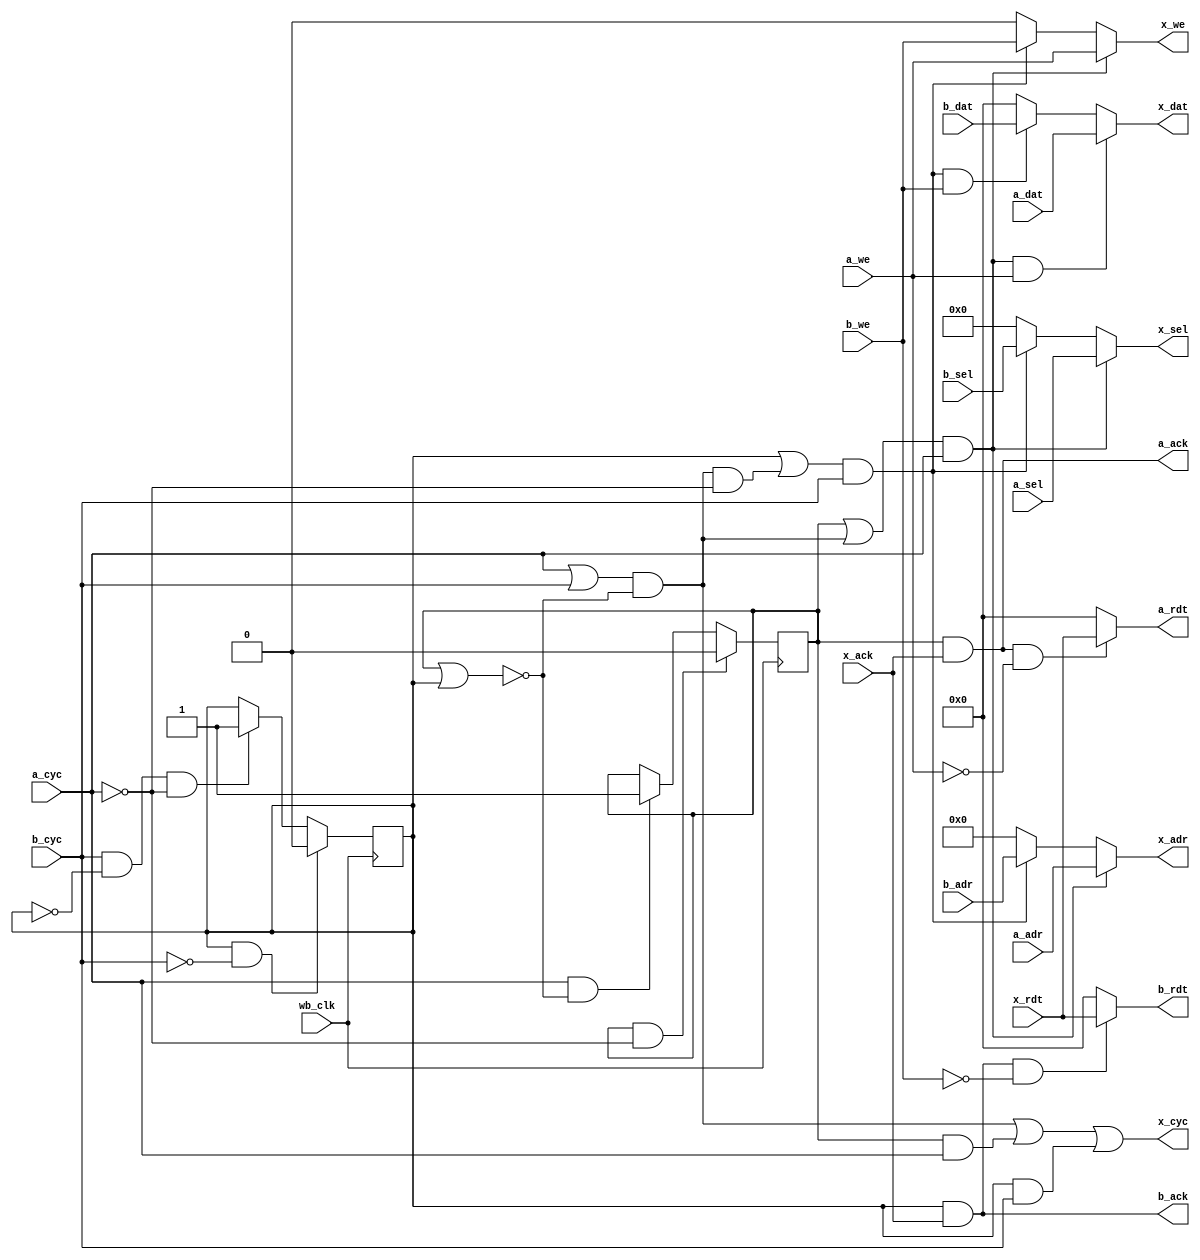
module ram_arb
# (parameter WIDTH=10)
(
    input wire wb_clk,

    // Port A
    input wire a_cyc,
    input wire a_we,
    input wire [3:0] a_sel,
    input wire [(WIDTH-1):0] a_adr,
    input wire [31:0] a_dat,
    output wire a_ack,
    output wire [31:0] a_rdt,

    // Port B
    input wire b_cyc,
    input wire b_we,
    input wire [3:0] b_sel,
    input wire [(WIDTH-1):0] b_adr,
    input wire [31:0] b_dat,
    output wire b_ack,
    output wire [31:0] b_rdt,

    // Port X
    output wire x_cyc,
    output wire x_we,
    output wire [3:0] x_sel,
    output wire [(WIDTH-1):0] x_adr,
    output wire [31:0] x_dat,
    input wire x_ack,
    input wire [31:0] x_rdt
);

    reg dev_a = 0;
    reg dev_b = 0;

    wire busy;
    assign busy = dev_a | dev_b;

    wire start;
    assign start = (a_cyc | b_cyc) & !busy;

    always @(posedge wb_clk) begin

        if (a_cyc & !(dev_a | dev_b)) begin
            dev_a <= 1;
        end
        if (b_cyc & (!dev_b) & !a_cyc) begin
            dev_b <= 1;
        end

        if (dev_a & !a_cyc) begin
            dev_a <= 0;
        end
        if (dev_b & !b_cyc) begin
            dev_b <= 0;
        end
    end

    wire a;
    assign a = (dev_a | start) & a_cyc;
    wire b;
    assign b = (dev_b | (start & !a_cyc)) & b_cyc;

    wire ar, aw;
    assign ar = a_ack & !a_we;
    assign aw = a & a_we;
    wire br, bw;
    assign br = b_ack & !b_we;
    assign bw = b & b_we;

    assign x_cyc = start | (dev_a & a_cyc) | (dev_b & b_cyc);
    assign x_dat = aw ? a_dat : (bw ? b_dat : 0);
    assign x_adr = a  ? a_adr : (b  ? b_adr : 0);
    assign x_sel = a  ? a_sel : (b  ? b_sel : 0);
    assign x_we  = a  ? a_we  : (b  ? b_we  : 0);

    assign a_ack = dev_a & x_ack;
    assign b_ack = dev_b & x_ack;
    assign a_rdt = ar ? x_rdt : 0;
    assign b_rdt = br ? x_rdt : 0;

endmodule